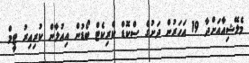
މެލޭޝިއާއަށްދާ 19 އަހަރުން ދަށުގެ ސްކޮޑް ކްރިކެޓް ބޯޑުން އިއުލާން ކުރިއިރު ޓީމް